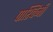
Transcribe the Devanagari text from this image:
पाश्चिमी